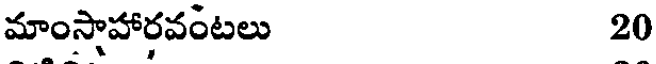
మాంస్తాహారవంటలు 20